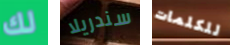
لك سندريلا للكلمات